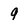
Character: 9